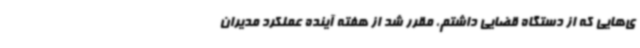
ی‌هایی که از دستگاه قضایی داشتم، مقرر شد از هفته آینده عملکرد مدیران